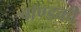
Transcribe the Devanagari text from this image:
बॉण्डकी